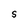
Character: S